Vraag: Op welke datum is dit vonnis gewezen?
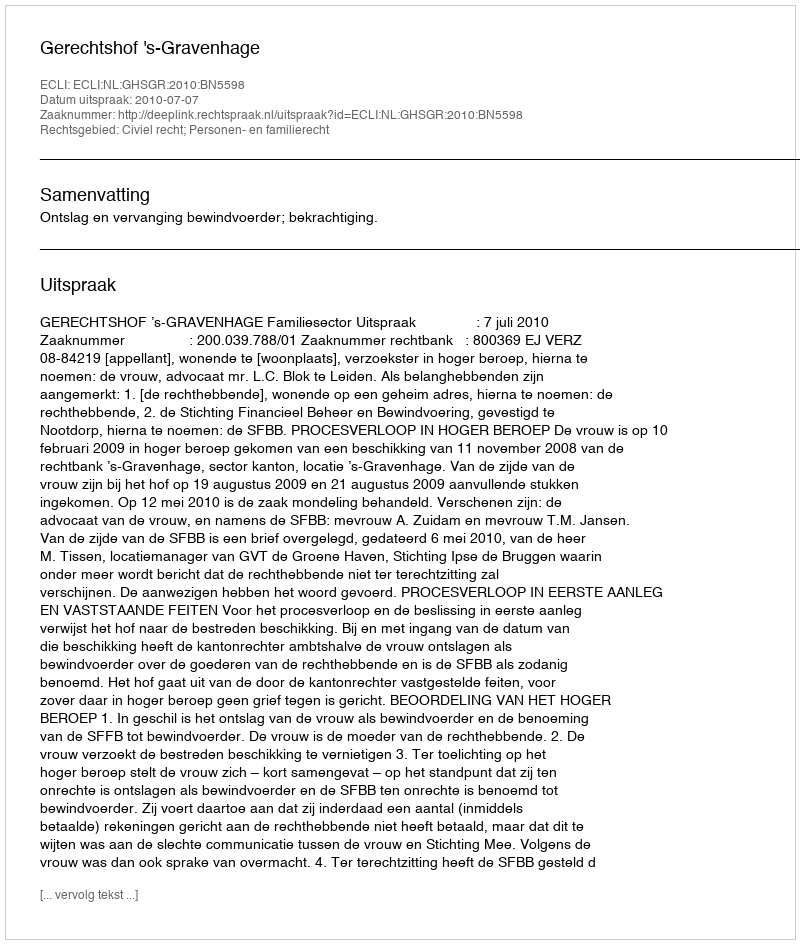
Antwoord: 2010-07-07